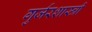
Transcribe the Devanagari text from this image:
गुर्जरशास्त्री